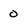
Character: 0